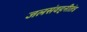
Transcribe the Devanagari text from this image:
जलसंवहनीतंत्र